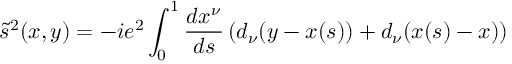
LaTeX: \tilde { s } ^ { 2 } ( x , y ) = - i e ^ { 2 } \int _ { 0 } ^ { 1 } \frac { d x ^ { \nu } } { d s } \, ( d _ { \nu } ( y - x ( s ) ) + d _ { \nu } ( x ( s ) - x ) )